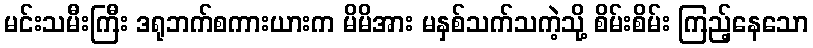
မင်းသမီးကြီး ဒရုဘက်စကားယားက မိမိအား မနှစ်သက်သကဲ့သို့ စိမ်းစိမ်း ကြည့်နေသော